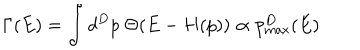
\Gamma ( E ) = \int d ^ { D } p \ \Theta ( E - H ( p ) ) \propto p _ { \mathrm { m a x } } ^ { D } ( E )